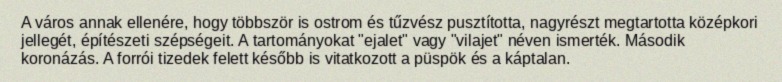
A város annak ellenére, hogy többször is ostrom és tűzvész pusztította, nagyrészt megtartotta középkori jellegét, építészeti szépségeit. A tartományokat "ejalet" vagy "vilajet" néven ismerték. Második koronázás. A forrói tizedek felett később is vitatkozott a püspök és a káptalan.